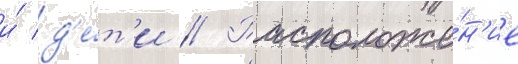
и́ д'е́т'и // Расположе́н'ие